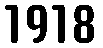
1918